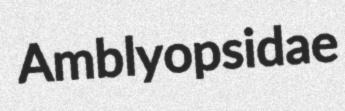
Amblyopsidae